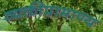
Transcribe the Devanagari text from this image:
व्यक्तीप्रामाण्य